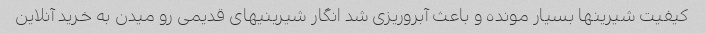
کیفیت شیرینها بسیار مونده و باعث آبروریزی شد انگار شیرینیهای قدیمی رو میدن به خرید آنلاین